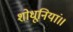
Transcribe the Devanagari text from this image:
शोधूनियां॥